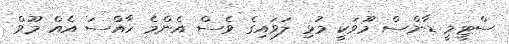
ސްޓީމީ ޑާންސް މޫވަކީ މުޅި ލަވައިގެ ވެސް އެންމެ ހާއްސަ އެއް މޫވް